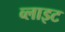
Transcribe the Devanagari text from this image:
व्‍लाइट